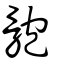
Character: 骲